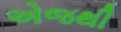
એજથી